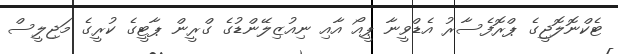
ޓެކްނޮލޮޖީގެ ޕްރޮފެސާރު އެޑްވީނާ ޕީއޯ އާއި ނިއުޒިލޭންޑުގެ ގްރީން ޕާޓީގެ ކުރީގެ މަޖިލީސް